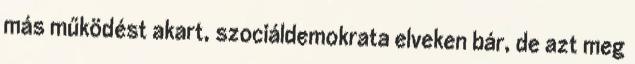
más működést akart, szociáldemokrata elveken bár, de azt meg